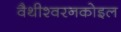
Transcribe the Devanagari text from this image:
वैथीश्वरनकोइल